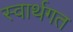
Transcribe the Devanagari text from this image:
स्वार्थगत